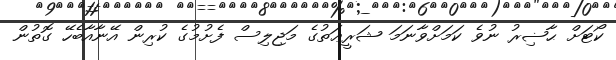
ކޯޓަށް ޙާޟިރު ނުވެ ކަމަށްވާނަމަ ޝަރީޢަތުގެ މަޖިލިސް ފެށުމުގެ ކުރިން އޭނާއާބެހޭ ގޮތުން